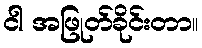
ငါ အဖြုတ်ခိုင်းတာ။